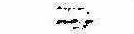
ゝ